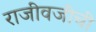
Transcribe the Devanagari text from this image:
राजीवजींची